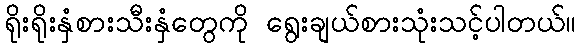
ရိုးရိုးနှံစားသီးနှံတွေကို ရွေးချယ်စားသုံးသင့်ပါတယ်။